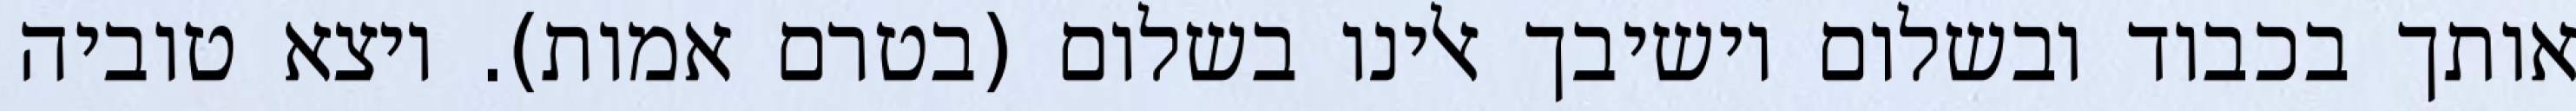
אותך בכבוד ובשלום וישיבך אלינו בשלום (בטרם אמות). ויצא טוביה